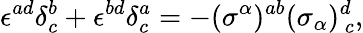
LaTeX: \epsilon^{ad}\delta_{c}^{b}+\epsilon^{bd}\delta_{c}^{a}=-(\sigma^{\alpha})^{ab}(\sigma_{\alpha})_{~c}^{d},